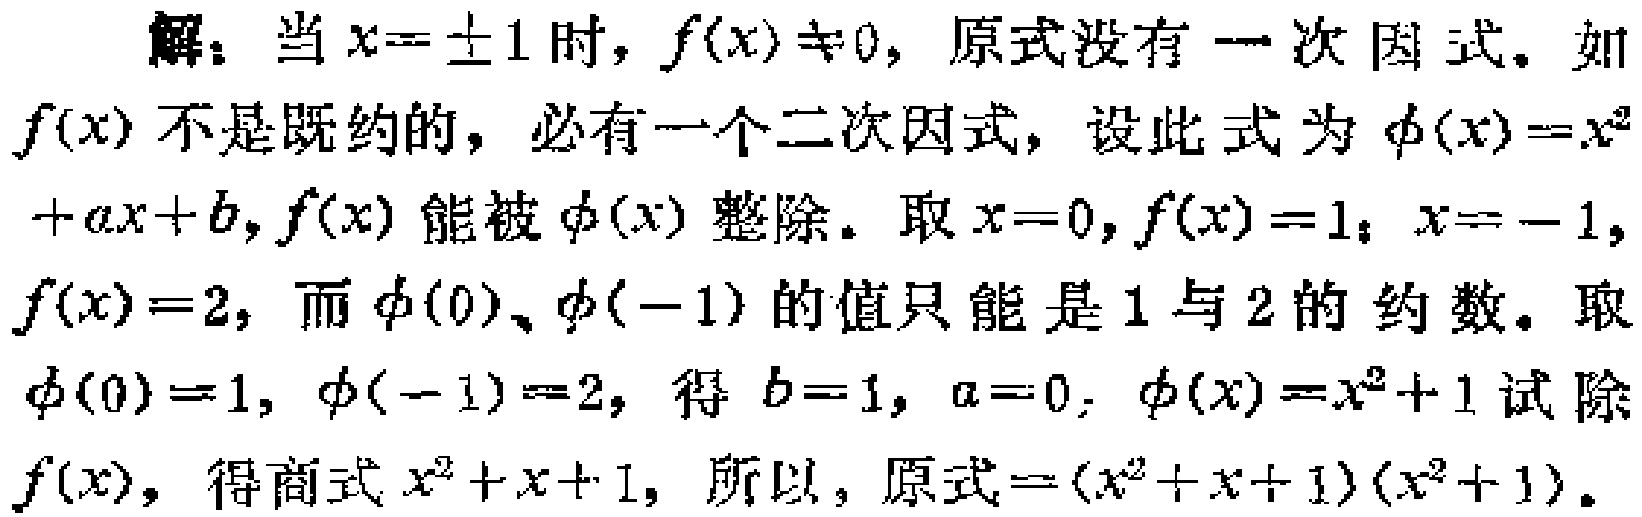
解：当\(x = \pm1\)时，\(f(x)\neq0\)，原式没有一次因式。如\(f(x)\)不是既约的，必有一个二次因式，设此式为\(\phi(x)=x^{2}+ax + b\)，\(f(x)\)能被\(\phi(x)\)整除。取\(x = 0\)，\(f(x)=1\)；\(x=-1\)，\(f(x)=2\)，而\(\phi(0)\)、\(\phi(-1)\)的值只能是\(1\)与\(2\)的约数。取\(\phi(0)=1\)，\(\phi(-1)=2\)，得\(b = 1\)，\(a = 0\)；\(\phi(x)=x^{2}+1\)试除\(f(x)\)，得商式\(x^{2}+x + 1\)，所以，原式\(=(x^{2}+x + 1)(x^{2}+1)\)。